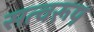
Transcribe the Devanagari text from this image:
सत्वरूप